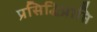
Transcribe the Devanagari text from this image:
प्रसिद्धिप्राप्ति